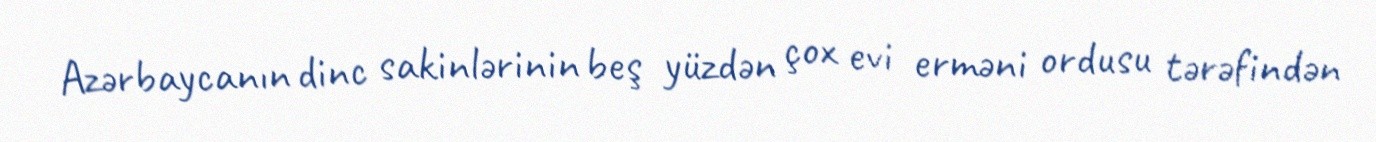
Azərbaycanın dinc sakinlərinin beş yüzdən çox evi erməni ordusu tərəfindən